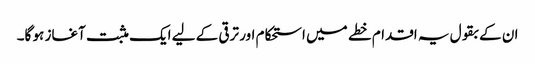
ان کے بقول یہ اقدام خطے میں استحکام اور ترقی کے لیے ایک مثبت آغاز ہو گا۔